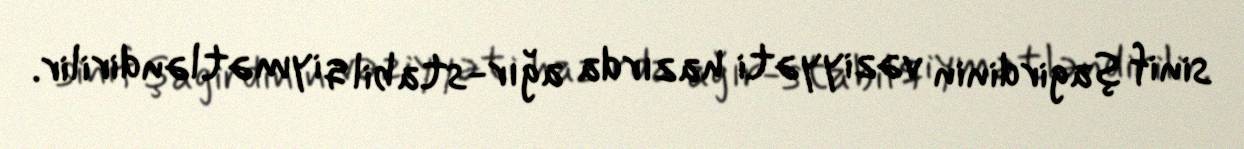
sinif şagirdinin vəziyyəti hazırda ağır-stabil qiymətləndirilir.